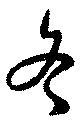
冬